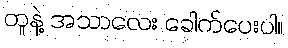
တူနဲ့ အသာလေး ခေါက်ပေးပါ။